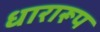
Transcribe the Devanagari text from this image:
धारारूप